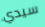
سيدي